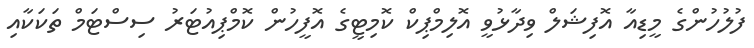
ފުލުހުންގެ މީޑިއާ އޮފިޝަލް ވިދާޅުވީ އޮލިމްޕިކް ކޮމިޓީގެ އޮފީހުން ކޮމްޕިއުޓަރު ސިސްޓަމް ތަކަކާއި